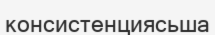
консистенциясьша